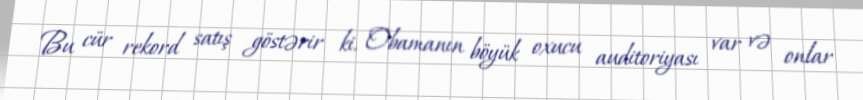
Bu cür rekord satış göstərir ki, Obamanın böyük oxucu auditoriyası var və onlar